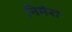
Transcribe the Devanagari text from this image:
निमेश